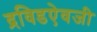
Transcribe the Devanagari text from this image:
द्रविडऐवजी